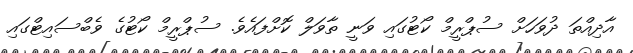
އާދިއްތަ ދުވަހަށް ސުޕްރީމް ކޯޓުގައި ވަނީ ތާވަލް ކޮށްފައެވެ. ސުޕްރީމް ކޯޓުގެ ވެބްސައިޓްގައި